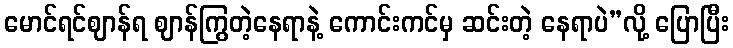
မောင်ရင်ဈာန်ရ ဈာန်ကြွတဲ့နေရာနဲ့ ကောင်းကင်မှ ဆင်းတဲ့ နေရာပဲ”လို့ ပြောပြီး